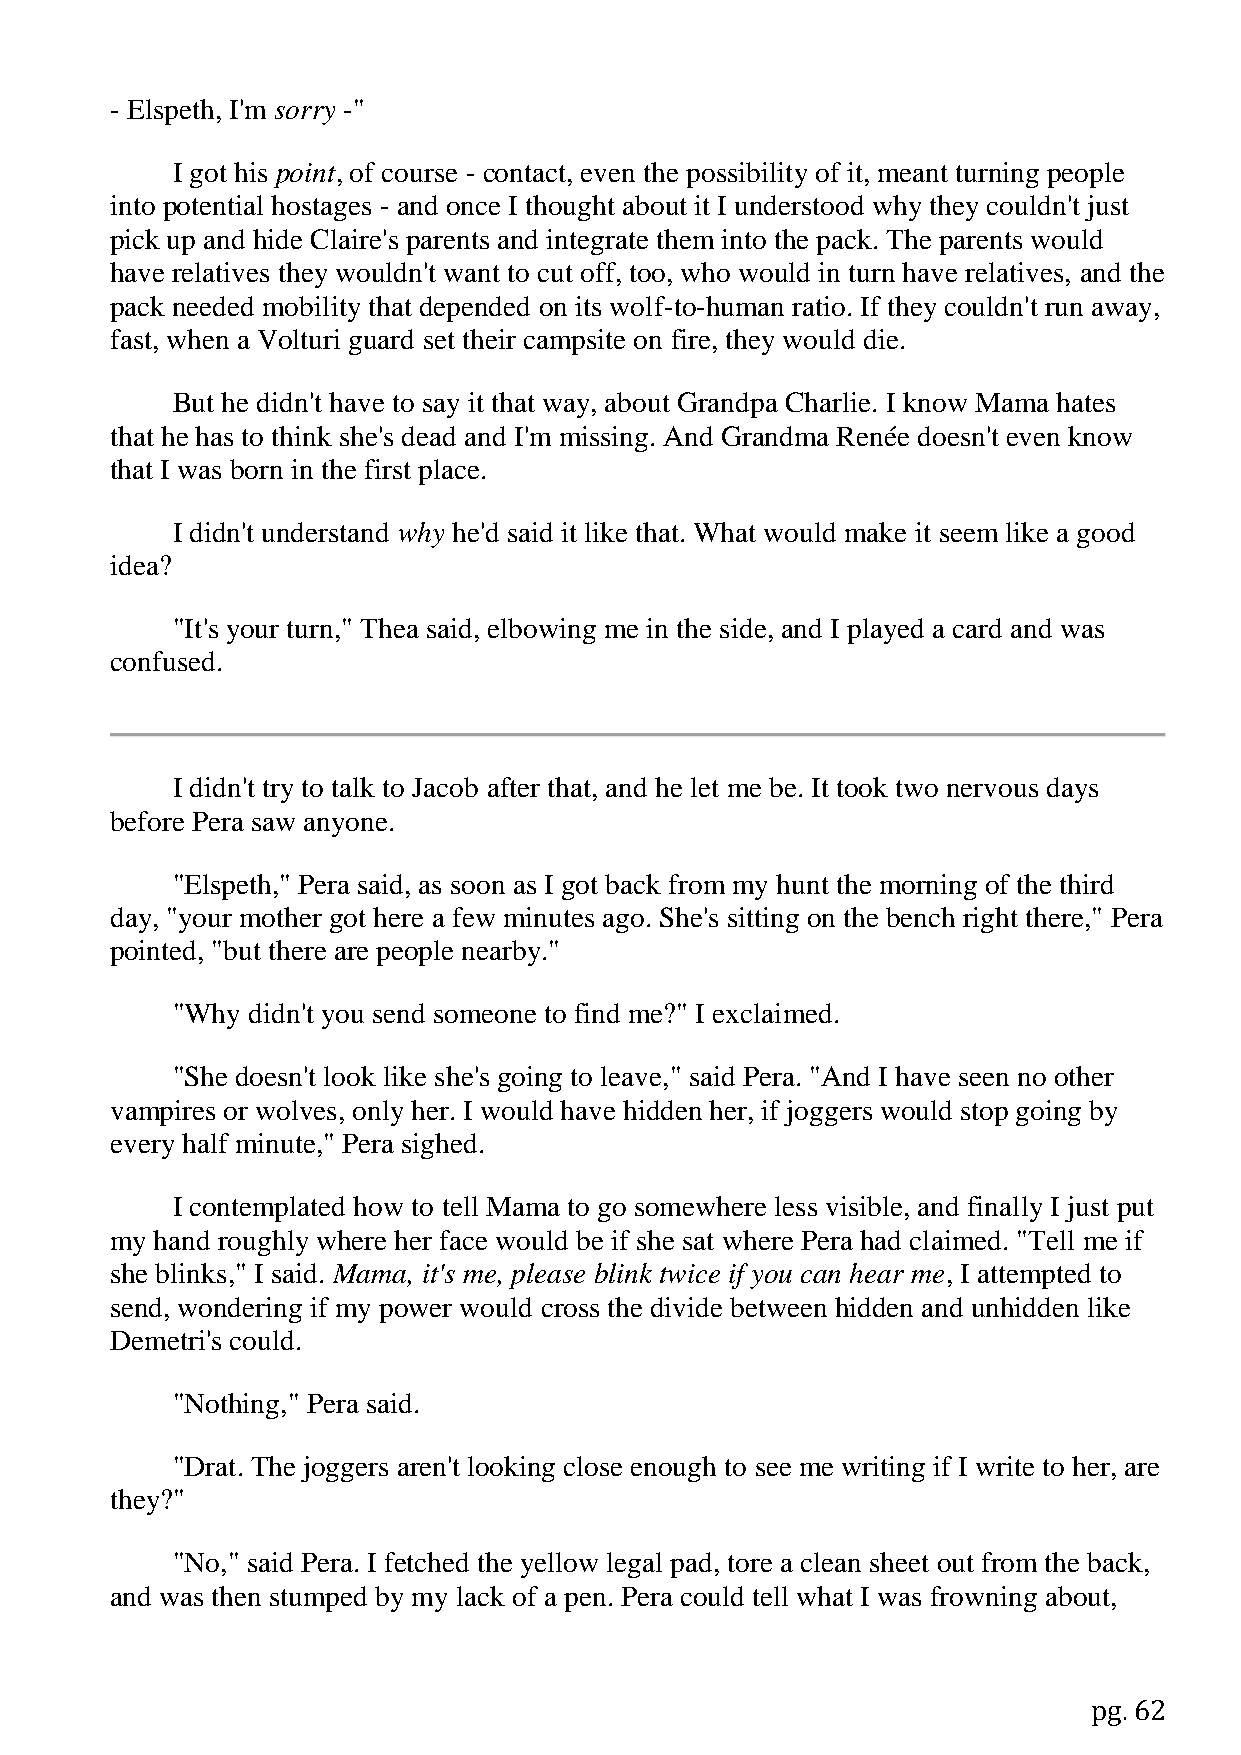
- Elspeth, I'm sorry -"
 I got his point, of course - contact, even the possibility of it, meant turning people
 into potential hostages - and once I thought about it I understood why they couldn't just
 pick up and hide Claire's parents and integrate them into the pack. The parents would
 have relatives they wouldn't want to cut off, too, who would in turn have relatives, and the
 pack needed mobility that depended on its wolf-to-human ratio. If they couldn't run away,
 fast, when a Volturi guard set their campsite on fire, they would die.
 But he didn't have to say it that way, about Grandpa Charlie. I know Mama hates
 that he has to think she's dead and I'm missing. And Grandma Renée doesn't even know
 that I was born in the first place.
 I didn't understand why he'd said it like that. What would make it seem like a good
 idea?
 "It's your turn," Thea said, elbowing me in the side, and I played a card and was
 confused.
 I didn't try to talk to Jacob after that, and he let me be. It took two nervous days
 before Pera saw anyone.
 "Elspeth," Pera said, as soon as I got back from my hunt the morning of the third
 day, "your mother got here a few minutes ago. She's sitting on the bench right there," Pera
 pointed, "but there are people nearby."
 "Why didn't you send someone to find me?" I exclaimed.
 "She doesn't look like she's going to leave," said Pera. "And I have seen no other
 vampires or wolves, only her. I would have hidden her, if joggers would stop going by
 every half minute," Pera sighed.
 I contemplated how to tell Mama to go somewhere less visible, and finally I just put
 my hand roughly where her face would be if she sat where Pera had claimed. "Tell me if
 she blinks," I said. Mama, it's me, please blink twice if you can hear me, I attempted to
 send, wondering if my power would cross the divide between hidden and unhidden like
 Demetri's could.
 "Nothing," Pera said.
 "Drat. The joggers aren't looking close enough to see me writing if I write to her, are
 they?"
 "No," said Pera. I fetched the yellow legal pad, tore a clean sheet out from the back,
 and was then stumped by my lack of a pen. Pera could tell what I was frowning about,
 pg. 62